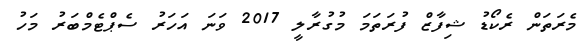
މެރަތަން ރެކޯޑު ޝިފާޒް ފުރަތަމަ މުގުރާލީ 2017 ވަނަ އަހަރު ސެޕްޓެމްބަރު މަހު